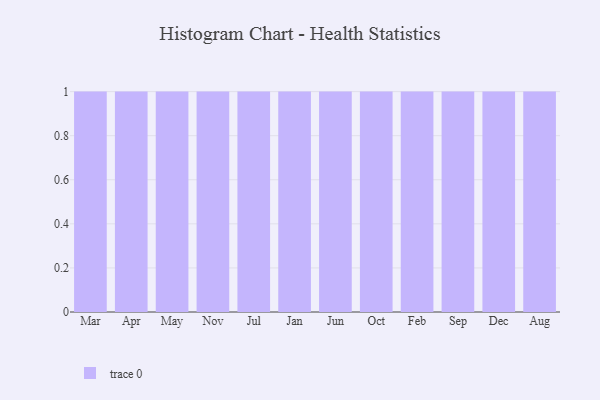
{"axis": {"x": "Month", "y": "Net Income (USD K)"}, "legend": [""], "data": [{"x": "Mar", "y": 8, "type": ""}, {"x": "Apr", "y": 36, "type": ""}, {"x": "May", "y": 87, "type": ""}, {"x": "Nov", "y": 21, "type": ""}, {"x": "Jul", "y": 40, "type": ""}, {"x": "Jan", "y": 96, "type": ""}, {"x": "Jun", "y": 12, "type": ""}, {"x": "Oct", "y": 75, "type": ""}, {"x": "Feb", "y": 18, "type": ""}, {"x": "Sep", "y": 39, "type": ""}, {"x": "Dec", "y": 77, "type": ""}, {"x": "Aug", "y": 16, "type": ""}]}